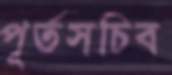
পূর্তসচিব